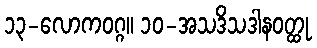
၁၃-လောကဝဂ္ဂ။ ၁၀-အသဒိသဒါနဝတ္ထု